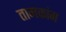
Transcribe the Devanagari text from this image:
तामकांग